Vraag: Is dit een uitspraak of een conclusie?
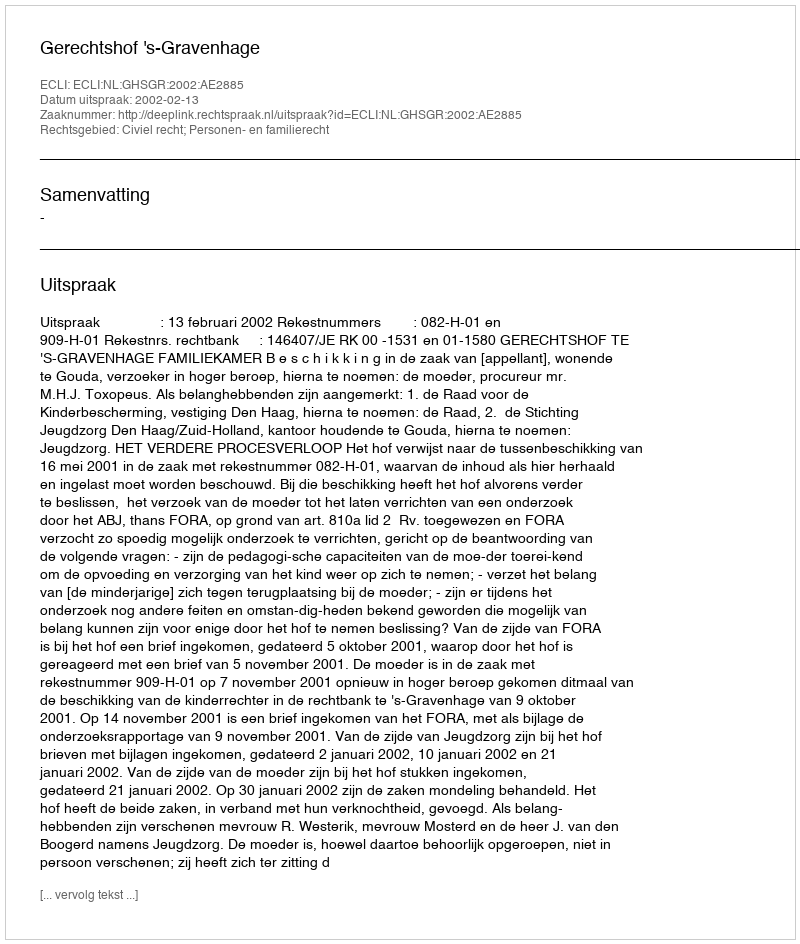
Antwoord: Uitspraak